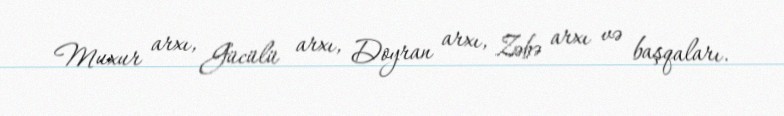
Muxur arxı, Gücülü arxı, Doyran arxı, Zəbə arxı və başqaları.